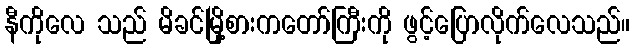
နီကိုလေ သည် မိခင်မြို့စားကတော်ကြီးကို ဖွင့်ပြောလိုက်လေသည်။